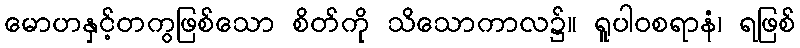
မောဟနှင့်တကွဖြစ်သော စိတ်ကို သိသောကာလ၌။ ရူပါဝစရာနံ၊ ရဖြစ်